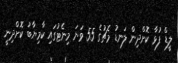
ލީޑް ފުޅާ ކޮށްދިން ލަނޑު މެޗުގެ 55 ވަނަ މިނެޓުގައި ކާމިޔާބު ކޮށްދިނީ